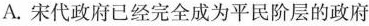
A.宋代政府已经完全成为平民阶层的政府